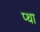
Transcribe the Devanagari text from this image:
प्था